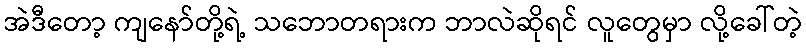
အဲဒီတော့ ကျနော်တို့ရဲ့ သဘောတရားက ဘာလဲဆိုရင် လူတွေမှာ လို့ခေါ်တဲ့